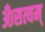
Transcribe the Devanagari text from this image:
ॐसत्यम्